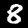
Digit: 8